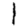
Digit: 1